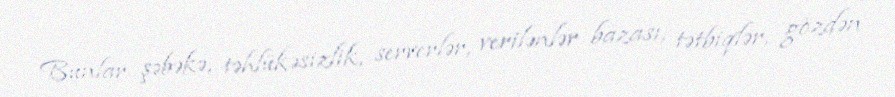
Bunlar şəbəkə, təhlükəsizlik, serverlər, verilənlər bazası, tətbiqlər, gözdən